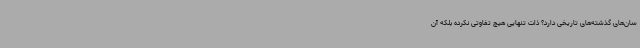
سان‌های گذشته‌های تاریخی دارد؟ ذات تنهایی هیچ تفاوتی نکرده بلکه آن